Report on sanitation, dispensaries, and jails in Rajputana for 1914, and on vaccination for the year 1914-1915 - 1914-1915
Year: 1914
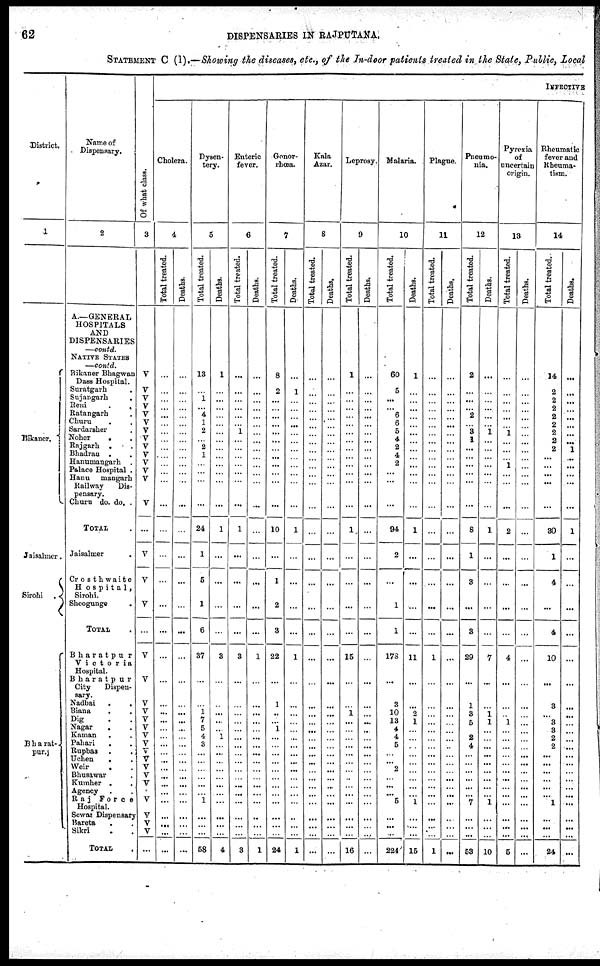
62
DISPENSARIES IN RAJPUTANA.
STATEMENT C (I).—Showing the diseases, etc., of the In-door patients treated in the State, Public, Local
District.
1
Bikaner.
Jaisalmer.
Sirohi .
Bharat-
pur.
Name of
Dispensary.
2
A—GENERAL
HOSPITALS
AND
DISPENSARIES
—contd.
NATIVE STATES
—contd.
Bikaner Bhagwan
Dass Hospital.
Suratgarh .
Sujangarh .
Reni
.
.
Ratangarh .
Churu . .
Sardarsher .
Noher
. .
Rajgarh . .
Bhadran . .
Hanumangarh .
Palace Hospital .
Hanumangarh
Railway
Dis-
pensary.
Churu do. do. .
TOTAL .
Jaisalmer
.
Crosthwaite
Hospital,
Sirohi.
Sheogungs .
TOTAL .
Bharatpur
Victoria
Hospital.
Bharatpur
City
Dispen-
sary.
Nadbai
. .
Biana
. .
Dig . .
Nagar . .
Kaman . .
Pahari . .
Rupbas . .
Uchen . .
Weir . .
Bhusawar .
Kumber . .
Agency
.
.
Raj Force
Hospital.
Sewai Dispensary
Bareta . .
Sikri
. .
TOTAL .
Of what class.
3
V
V
V
V
V
V
V
V
V
V
V
V
V
V
...
V
V
V
...
V
V
V
V
V
V
V
V
V
V
V
V
V
...
V
V
V
V
...
INFECTIVE
Cholera.
4
Total treated.
...
...
...
...
...
...
...
...
...
...
...
...
...
...
...
...
...
...
...
...
...
...
...
...
...
...
...
...
...
...
...
...
...
...
...
...
...
...
Deaths.
...
...
...
...
...
...
...
...
...
...
...
...
...
...
...
...
...
...
...
...
...
...
...
...
...
...
...
...
...
...
...
...
...
...
...
...
...
...
Dysen-
tery.
5
Total treated.
13
...
1
...
4 1
2
...
2
1
...
...
...
...
24
1
5
1
6
37
...
...
1
7
5
4
3
...
...
...
...
...
...
1
...
...
...
58
Deaths.
1
...
...
...
...
...
...
...
...
...
...
...
...
...
1
...
...
...
...
3
...
...
...
...
...
1
...
...
...
...
...
...
...
...
...
...
...
4
Enteric
fever.
6
Total treated.
...
...
...
...
...
...
1
...
...
...
...
...
...
...
1
...
...
...
...
3
...
...
...
...
...
...
...
...
...
...
...
...
...
...
...
...
...
3
Deaths.
...
...
...
...
...
...
...
...
...
...
...
...
...
...
...
...
...
...
...
1
...
...
...
...
...
...
...
...
...
...
...
...
...
...
...
...
...
1
Gonor-
rhœa.
7
Total treated.
8
2
...
...
...
...
...
...
...
...
...
...
...
...
10
...
1
2
3
22
...
1
...
...
1
...
...
...
...
...
...
...
...
...
...
...
...
24
Deaths.
...
1
...
...
...
...
...
...
...
...
...
...
...
...
1
...
...
...
...
1
...
...
...
...
...
...
...
...
...
...
...
...
...
...
...
...
...
1
Kala
Azar.
8
Total treated.
...
...
...
...
...
...
...
...
...
...
...
...
...
...
...
...
...
...
...
...
...
...
...
...
...
...
...
...
...
...
...
...
...
...
...
...
...
...
Deaths.
...
...
...
...
...
...
...
...
...
...
...
...
...
...
...
...
...
...
...
...
...
...
...
...
...
...
...
...
...
...
...
...
...
...
...
...
...
...
Leprosy.
9
Total treated.
1
...
...
...
...
...
...
...
...
...
...
...
...
...
1
...
...
...
...
15
...
...
1
...
...
...
...
...
...
...
...
...
...
...
...
...
...
16
Deat hs .
Malaria.
10
Tot al treated.
...
...
...
...
...
...
...
...
...
...
...
...
...
...
...
...
...
...
...
...
...
...
...
...
...
...
...
...
...
...
...
...
...
...
...
...
...
...
60
5
...
...
6
6
5
4
2
4
2
...
...
...
94
2
...
1
1
178
...
3
10
13
4
4
5
...
...
2
...
...
...
5
...
...
...
224
Deat hs .
1
...
...
...
...
...
...
...
...
...
...
...
...
...
1
...
...
...
...
11
...
...
2
1
...
...
...
...
...
...
...
...
... 1
...
...
...
15
Plague.
11
Total treated.
...
...
...
...
...
...
...
...
...
...
...
...
...
...
...
...
...
...
...
1
...
...
...
...
...
...
...
...
...
...
...
...
...
...
...
...
...
1
Deaths.
...
...
...
...
...
...
...
...
...
...
...
...
...
...
...
...
...
...
...
...
...
...
...
...
...
...
...
...
...
...
...
...
...
...
...
...
...
...
Pneumo-
nia.
12
Total treated.
2
...
...
...
2
...
3
1
...
...
...
...
...
...
8
1
3
...
3
29
...
1
3
5
...
2
4
...
...
...
...
...
... 7
...
...
...
53
Deaths.
...
...
...
...
...
...
1
...
...
...
...
...
...
...
1
...
...
...
...
7
...
...
1
1
...
...
...
...
...
...
...
...
... 1
...
...
...
10
Pyrexia
of
uncertain
origin.
13
Total treated.
...
...
...
...
...
...
1
...
...
...
1
...
...
...
2
...
...
...
...
4
...
...
...
1
...
...
...
...
...
...
...
...
...
...
...
...
...
5
Deaths.
...
...
...
...
...
...
...
...
...
...
...
...
...
...
...
...
...
...
...
...
...
...
...
...
...
...
...
...
...
...
...
...
...
...
...
...
...
...
Rheumatic
fever and
Rheuma-
tism.
14
Total treated.
14
2
2
2
2
2
2
2
2
...
...
...
...
...
30
1
4
...
4
10
...
3
...
3
3
2
2
...
...
...
...
...
...
1
...
...
...
24
Deaths.
...
...
...
...
...
...
...
...
1
...
...
...
...
...
1
...
...
...
...
...
...
...
...
...
...
...
...
...
...
...
...
...
...
...
...
...
...
...